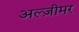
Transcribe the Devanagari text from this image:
अल्ज़ीमर